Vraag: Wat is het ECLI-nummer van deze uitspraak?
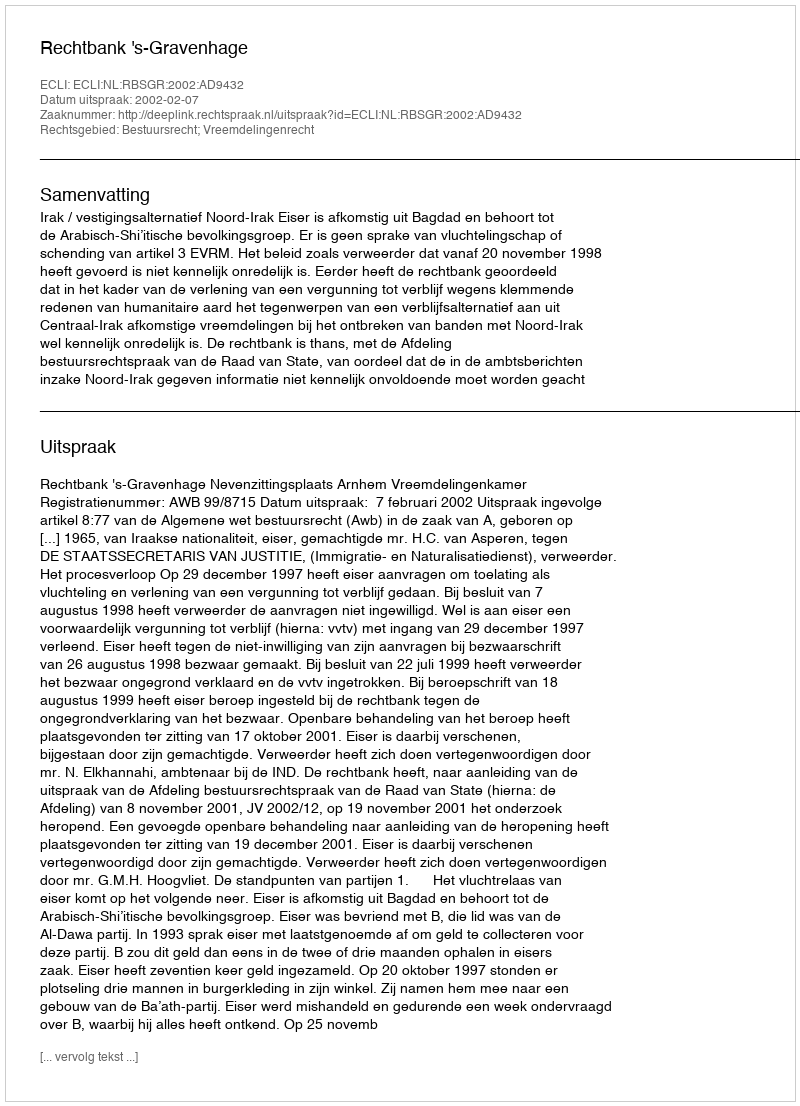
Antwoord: ECLI:NL:RBSGR:2002:AD9432